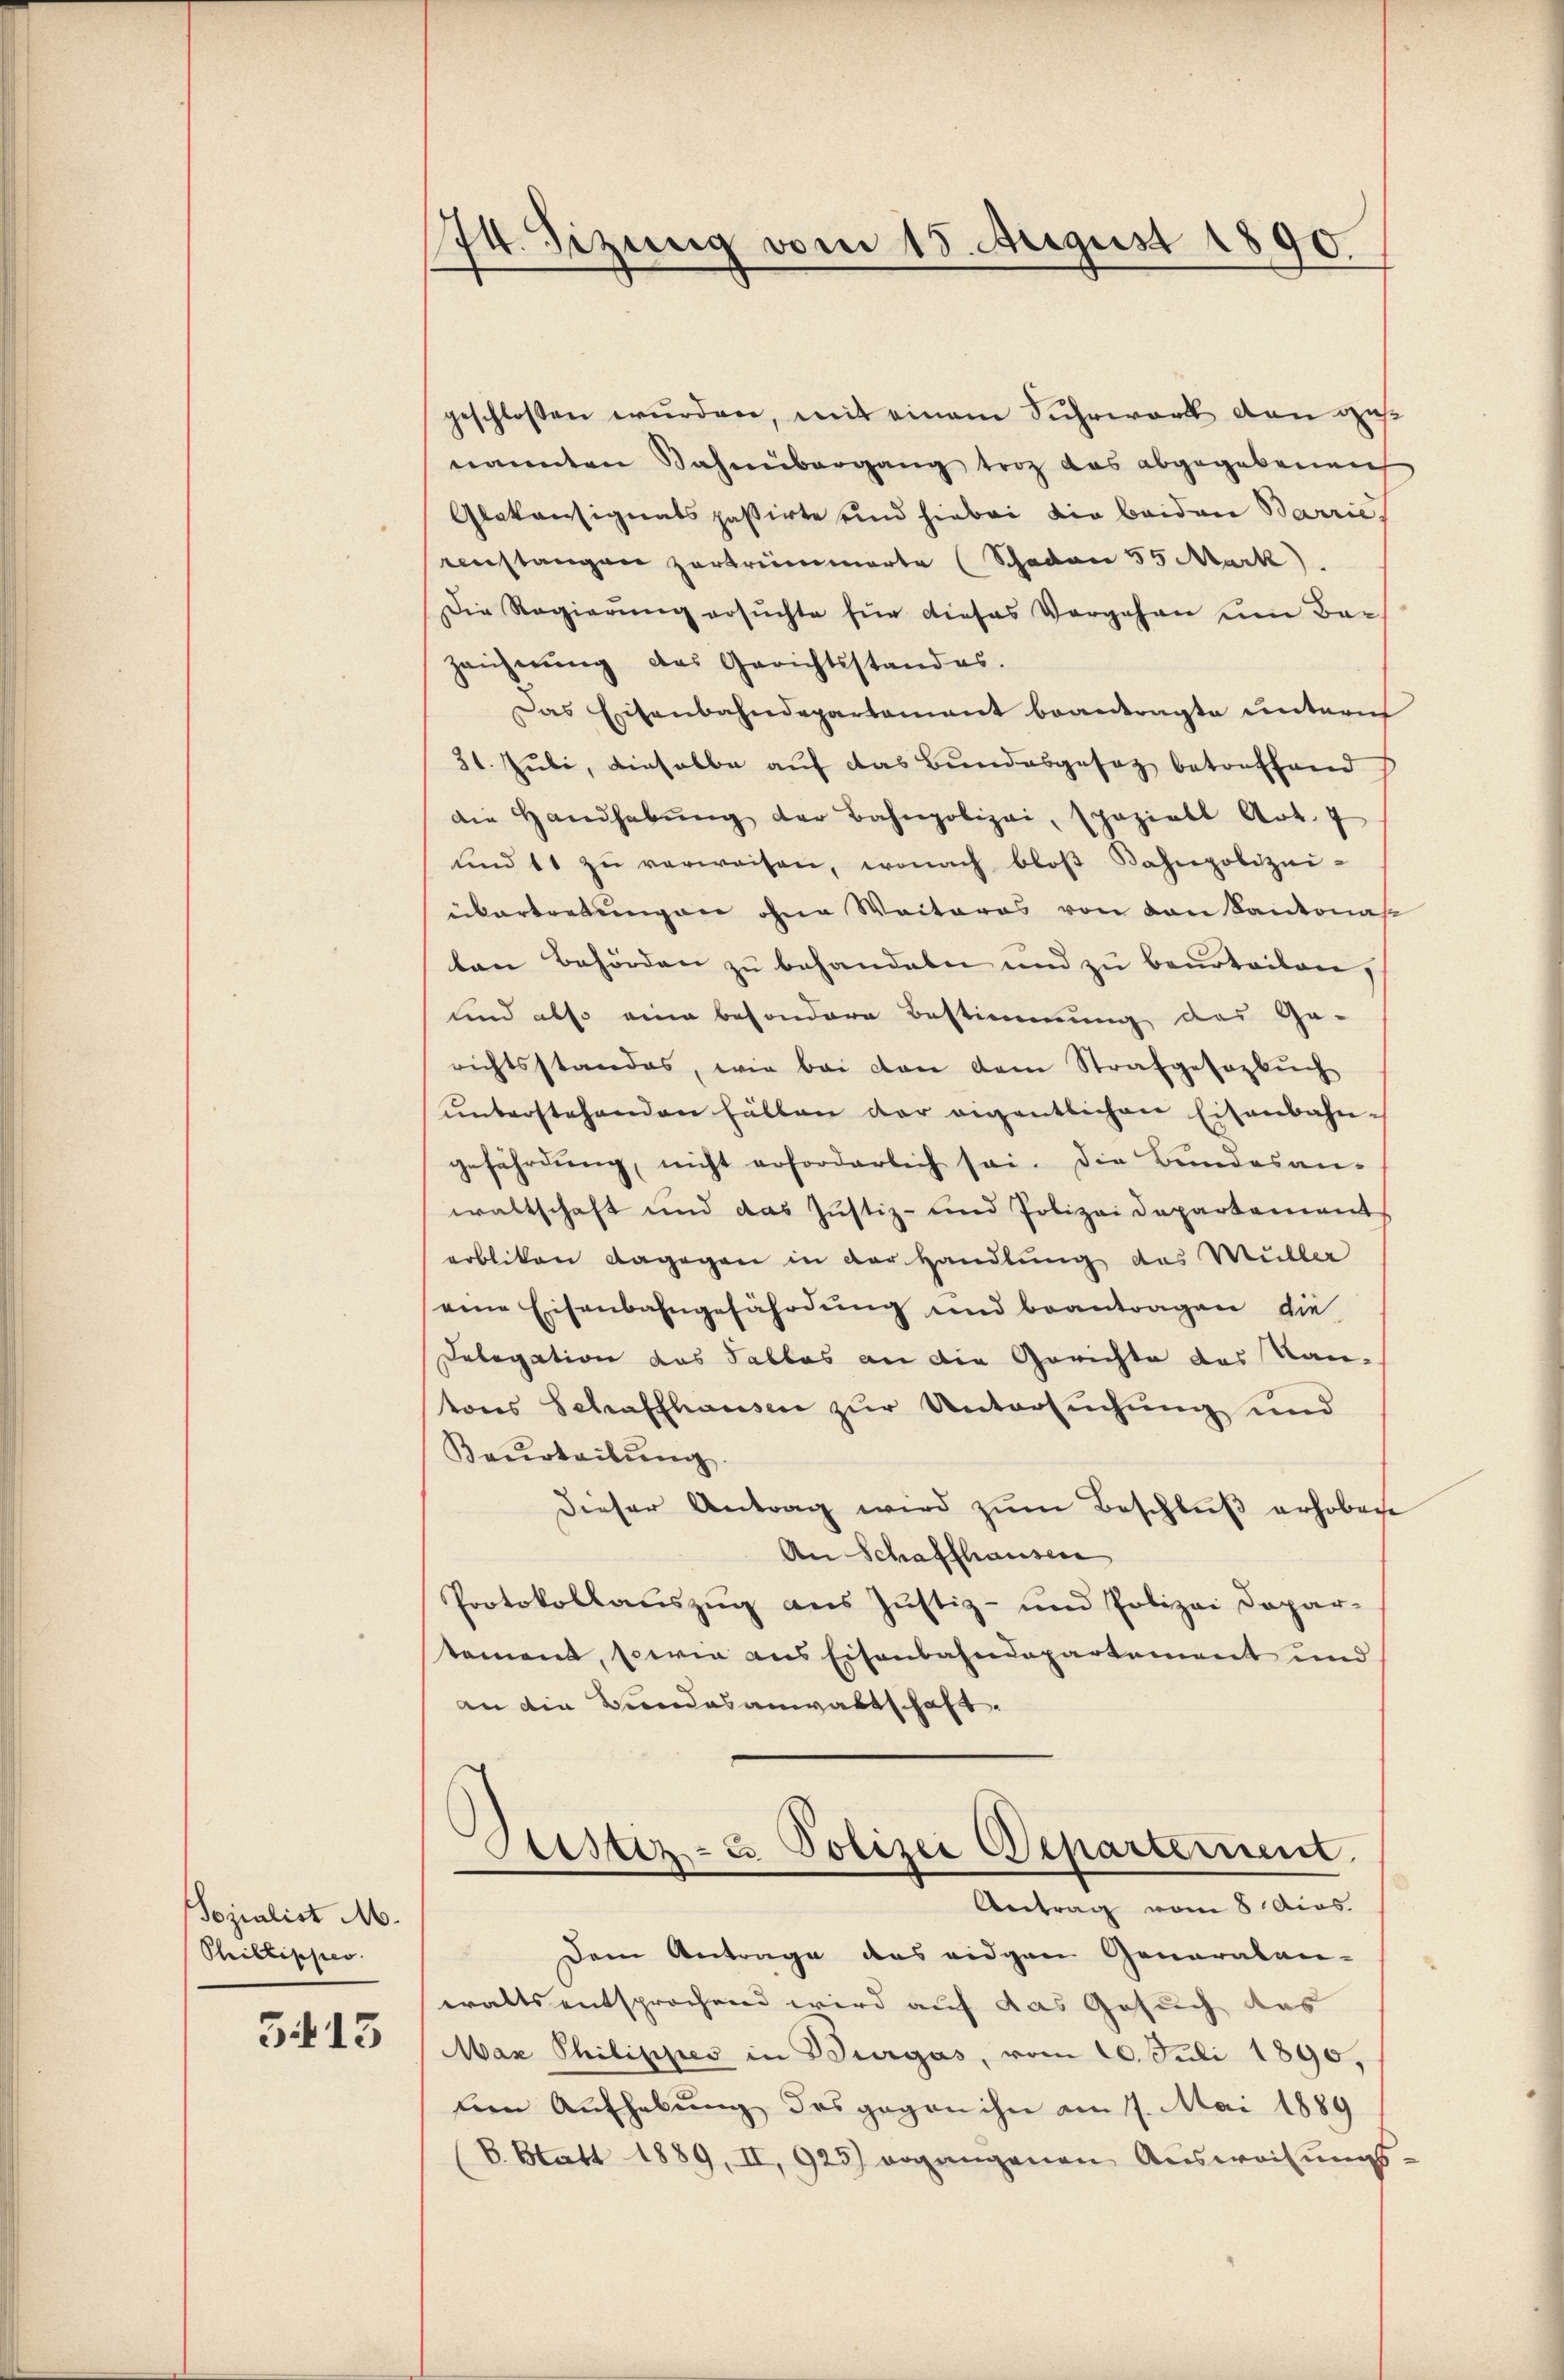
Sozialist M.
Phillischer.
3413

174. Sizung vom 15. August 1890

geschlossen wurden, mit einem Sichwort den ges
nannten Sahnübergang troz das abgegebenen
Glakonsignats passirte und hiebei die beiden Barrie
enstangen zertrümmerte (Schaden 55 Mark)
Die Regierŭng ersŭchte für dieses Vorgehen um Be-
zeichnŭng das Gerichtsstandes.
Das Eisenbahndepartament beantragte untern
31. Juli, dieselbe auf das Bundesgesaz betreffend
die Handhabŭng der Bahnpolizei, spaziell Art. 7
und 11 zŭ verweisen, wonach bloβ Kahnpolizei-
übertretungen ohne Weiteres von den Kantonas
ten Behörden zŭ behandeln und zu beurteilen,
und also eine besondere Bestimmung des Ge-
richtsstandes, wie bei den dem Strafgesezbuch
ŭnterstehenden halten der eigentlichen Eisenbahn-
gefährdung, nicht erforderlich sei. Die Bundesan-
waltschaft und das Justiz- und Polizei Departement
erbliten dagegen in der Handlung des Müller
eine Eisenbahngefährdung und beantragen die
Delegation das Tallas an die Gerichte des Kan-
tons Schaffhausen zur Untersuchung und
Beurteilung
dieser Antrag wird zŭm Beschluß erhobene
An Schaffhauser
Protokollauszug aus Justiz- und Polizei Dapar-
koment, sowie aus Eisenbahndepartement und
an die Bundesanwaltschaft.
Stister- u Polizei Departement.
Antrag vom 8. Acas.
Dem Antrage des eidgen Generalan-
walts entsprochend wird auf das Gesuch des
Max Philippes in Burgás, vom 20. Juli 1890,
len Aufhebung des gegen ihn am 17. Mai 1889
8. Statt 1889, II, 925) ergangenen Ausweisungs-